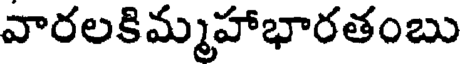
వారలకిమ్మహాభారతంబు